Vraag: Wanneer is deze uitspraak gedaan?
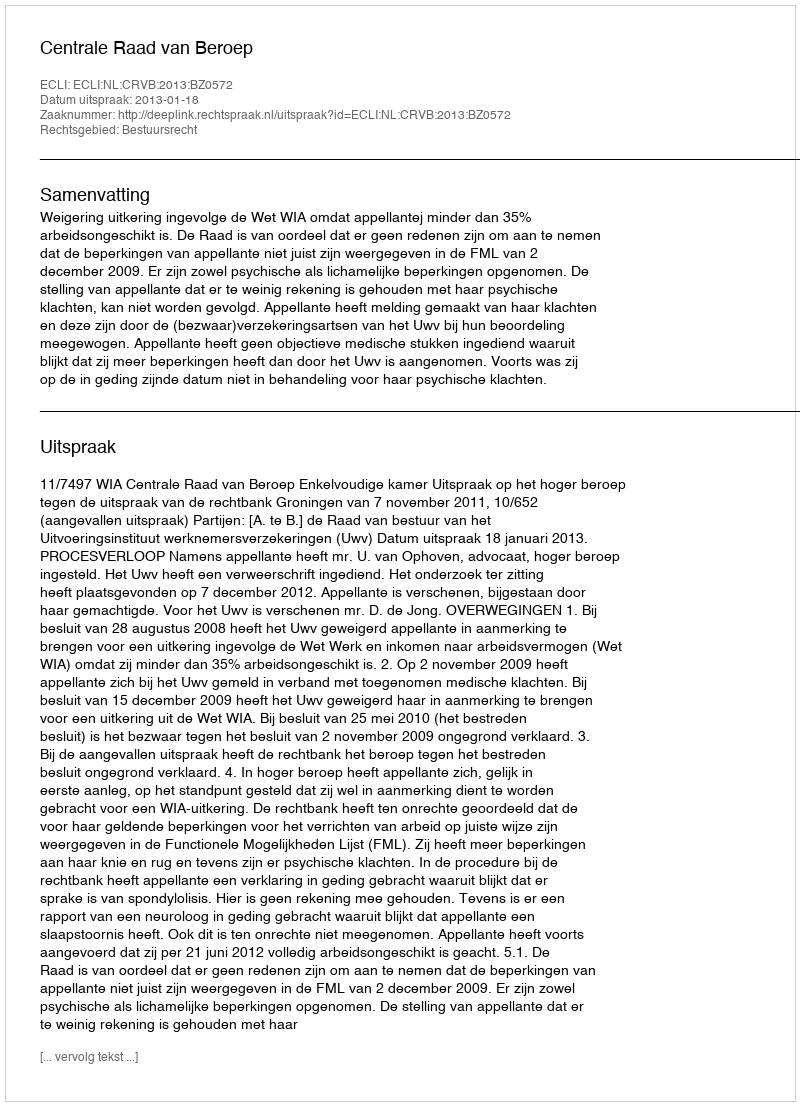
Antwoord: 2013-01-18